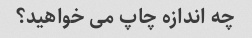
چه اندازه چاپ می خواهید؟